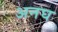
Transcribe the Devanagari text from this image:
अनघ